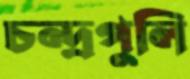
চন্দ্রপুলি